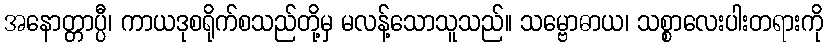
အနောတ္တာပ္ပီ၊ ကာယဒုစရိုက်စသည်တို့မှ မလန့်သောသူသည်။ သမ္ဗောဓာယ၊ သစ္စာလေးပါးတရားကို